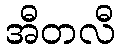
အီတလီ